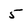
Character: 5